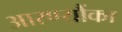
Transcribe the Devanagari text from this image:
आरण्यौंका